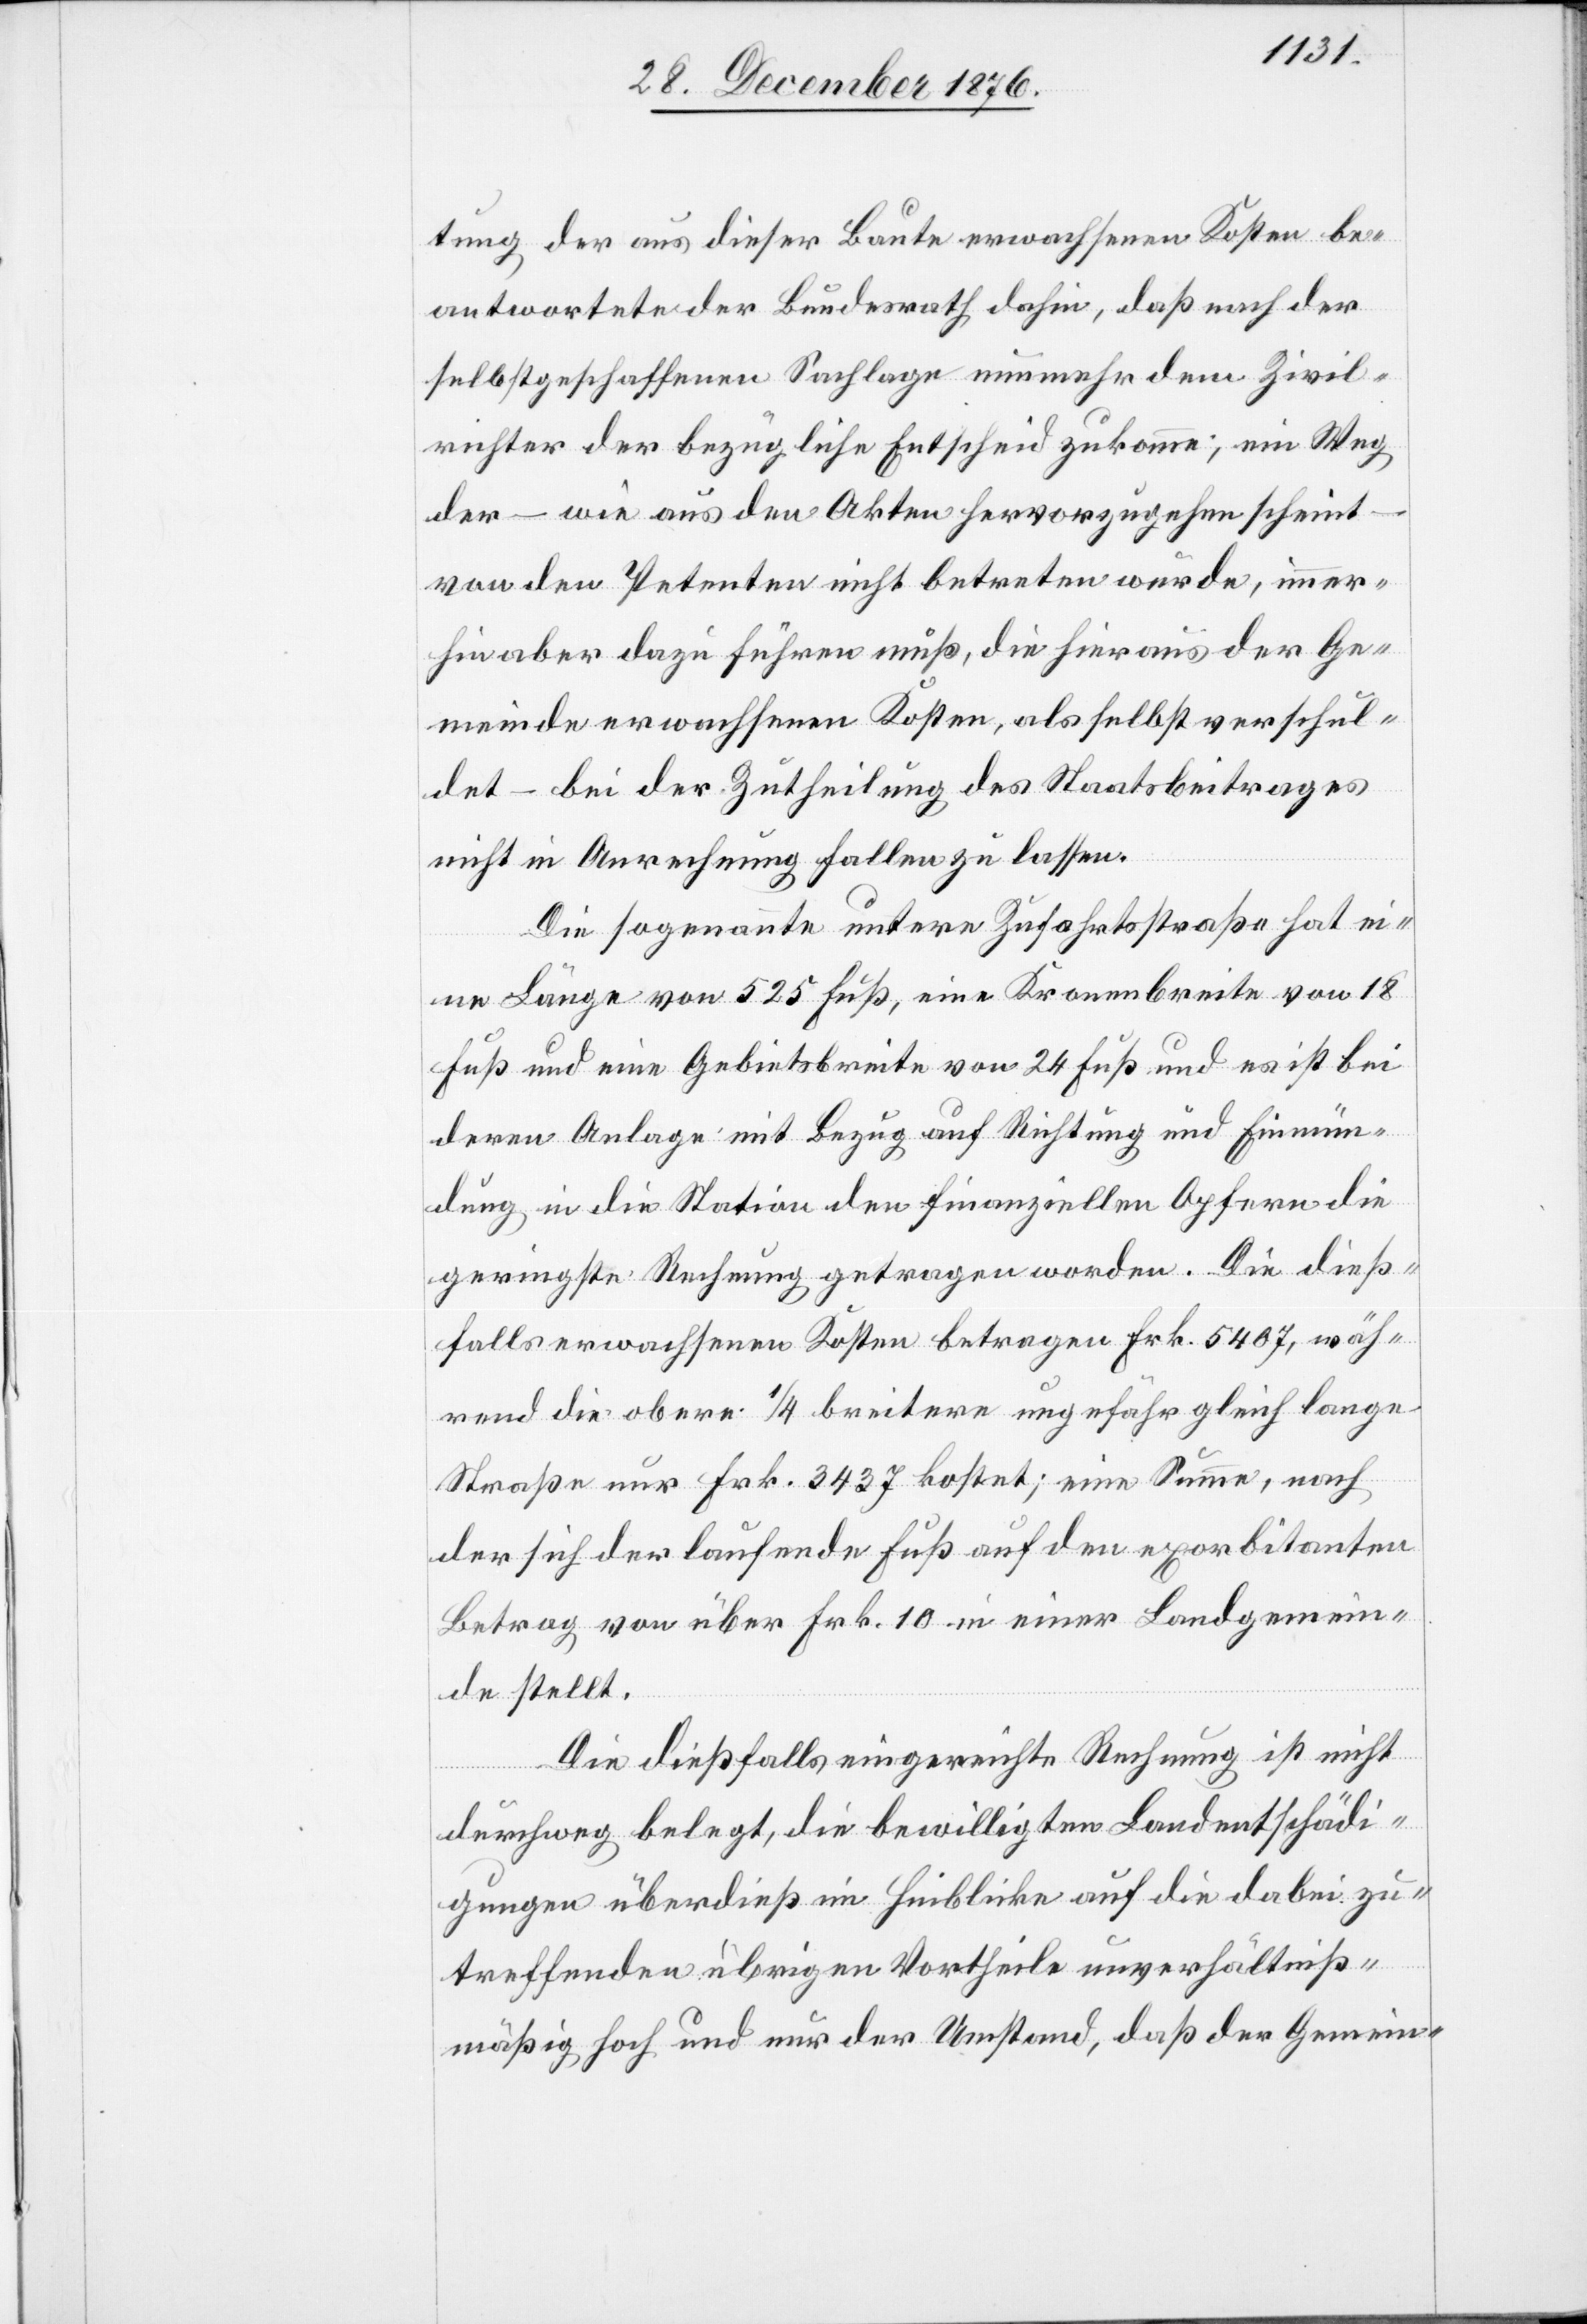
tung der aus dieser Baute erwachsenen Kosten be¬
antwortete der Bundesrath dahin, daß nach der
selbstgeschaffenen Sachlage nunmehr dem Zivil¬
richter der bezügliche Entscheid zukomme; ein Weg
der – wie aus den Akten hervorzugehen scheint –
von den Petenten nicht betreten wurde, immer¬
hin aber dazu führen muß, die hieraus der Ge¬
meinde erwachsenen Kosten, als selbst verschul¬
det – bei der Zutheilung des Staatsbeitrages
nicht in Anrechnung fallen zu lassen.
Die sogenannte untere Zufahrtsstraße hat ei¬
ne Länge von 525 Fuß, eine Kronenbreite von 18
Fuß und eine Gebietsbreite von 24 Fuß und es ist bei
deren Anlage mit Bezug auf Richtung und Einmün¬
dung in die Station den finanziellen Opfern die
geringste Rechnung getragen worden. Die dieß¬
falls erwachsenen Kosten betragen Frk. 5407, wäh¬
rend die obere [um] 1/4 breitere ungefähr gleich lange
Straße nur Frk. 3437 kostet; eine Summe, nach
der sich der laufende Fuß auf den exorbitanten
Betrag von über Frk. 10 in einer Landgemein¬
de stellt.
Die dießfalls eingereichte Rechnung ist nicht
durchweg belegt, die bewilligten Landentschädi¬
gungen überdieß im Hinblicke auf die dabei zu¬
treffenden übrigen Vortheile unverhältniß¬
mäßig hoch und nur der Umstand, daß der Gemein-